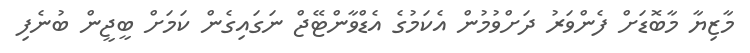
މާޒިޔާ މާބޮޑަށް ފެންވަރު ދަށްވުމުން އެކަމުގެ އެޑްވާންޓޭޖް ނަގައިގެން ކަމަށް ބީޖީން ބުނެފި